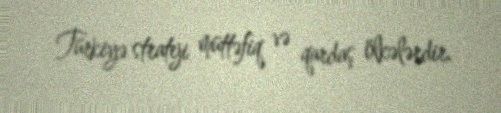
Türkiyə strateji müttəfiq və qardaş ölkələrdir.